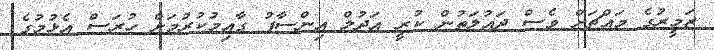
ޒަމީރުގެ މައްޗަށް ވެސް ދައުލަތުން ކުރީ އަދުލް އިންސާފު ގާއިމުކުރުމަށް ހުރަސް އެޅުމުގެ